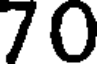
70